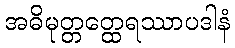
အဓိမုတ္တတ္ထေရဿာပဒါနံ